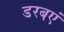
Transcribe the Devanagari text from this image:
डरबएं